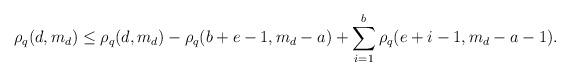
LaTeX: \begin{align*}\rho_q(d,m_d) \le \rho_q(d,m_d)-\rho_q(b+e-1,m_d-a) + \sum_{i=1}^b\rho_q(e+i-1,m_d-a-1).\end{align*}